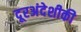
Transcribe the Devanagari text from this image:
दूरअंदेशीकी